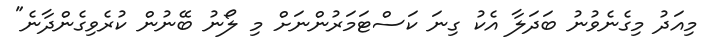
މިއަދު މިގެނެވުނު ބަދަލާ އެކު ގިނަ ކަސްޓަމަރުންނަށް މި ލޯނު ބޭނުން ކުރެވިގެންދާނެ"